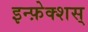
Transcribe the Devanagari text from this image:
इन्फ़ेक्शस्